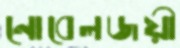
নোবেলজয়ী